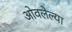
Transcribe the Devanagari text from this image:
ओवलेल्या